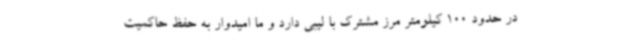
در حدود 100 کیلومتر مرز مشترک با لیبی دارد و ما امیدوار به حفظ حاکمیت